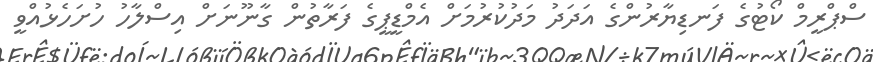
ސްޕްރީމް ކޯޓުގެ ފަނޑިޔާރުންގެ އަދަދު މަދުކުރުމަށް އެމްޑީޕީގެ ފަރާތުން ގާނޫނަށް އިސްލާހު ހުށަހެޅުއްވީ